Leaving Certificate Examination (including Day School Certificate (Higher) General paper), 1939
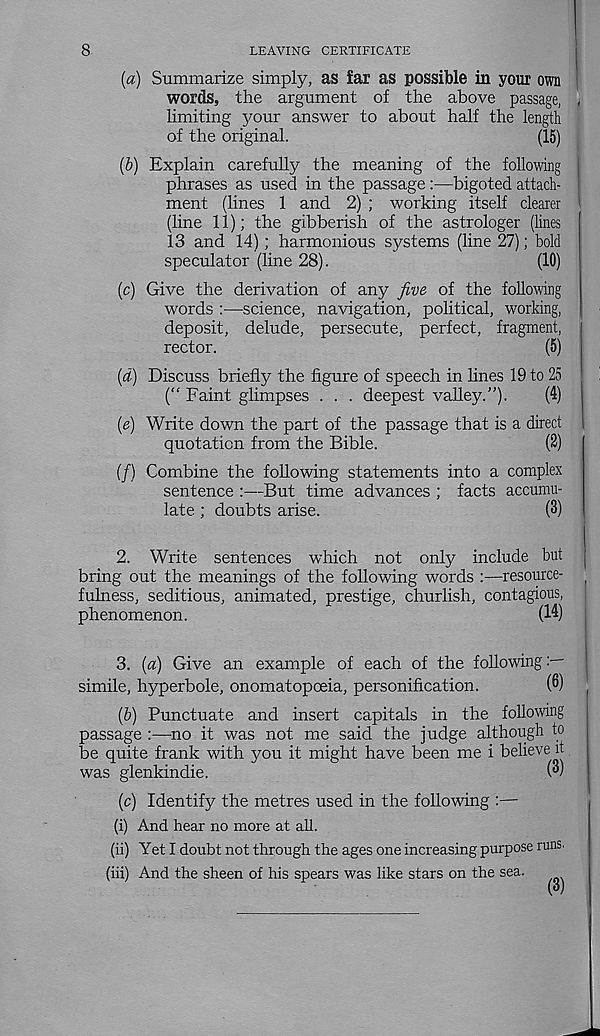
8
LEAVING CERTIFICATE
{a) Summarize simply, as far as possible in your own
words, the argument of the above passage,
limiting your answer to about half the length
of the original.
(15)
(b) Explain carefully the meaning of the following
phrases as used in the passage :—bigoted attach-
ment (lines 1 and 2) ; working itself clearer
(line 11); the gibberish of the astrologer (lines
13 and 14); harmonious systems (line 27); bold
speculator (line 28).
(10)
(c) Give the derivation of any five of the following
words :—science, navigation, political, working,
deposit, delude, persecute, perfect, fragment,
rector.
(5)
(d) Discuss briefly the figure of speech in fines 19 to 25
(“ Faint glimpses . . . deepest valley.”).
(4)
(e) Write down the part of the passage that is a direct
quotation from the Bible.
(2)
(/) Combine the following statements into a complex
sentence :—But time advances ; facts accumu-
late ; doubts arise.
(3)
2. Write sentences which not only include but
bring out the meanings of the following words :—resource-
fulness, seditious, animated, prestige, churlish, contagious,
phenomenon.
(14)
3. (a) Give an example of each of the following
simile, hyperbole, onomatopceia, personification.
(3)
(6) Punctuate and insert capitals in the following
passage :—no it was not me said the judge although to
be quite frank with you it might have been me i believe it
was glenkindie.
W
(c) Identify the metres used in the following :—
(i) And hear no more at all.
(ii) Yet I doubt not through the ages one increasing purpose runs.
(iii) And the sheen of his spears was like stars on the sea.
(3)